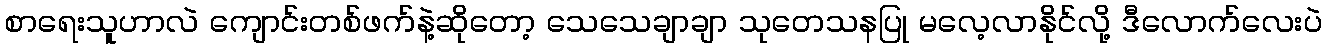
စာရေးသူဟာလဲ ကျောင်းတစ်ဖက်နဲ့ဆိုတော့ သေသေချာချာ သုတေသနပြု မလေ့လာနိုင်လို့ ဒီလောက်လေးပဲ